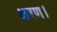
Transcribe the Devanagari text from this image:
क्षरण।